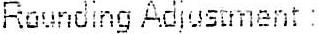
ROUNDING ADJUSTMENT :